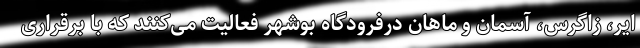
ایر، زاگرس، آسمان و ماهان درفرودگاه بوشهر فعالیت می‌کنند که با برقراری